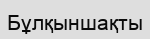
Бұлқыншақты